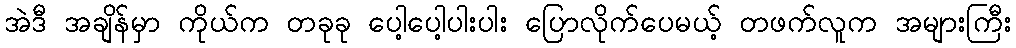
အဲဒီ အချိန်မှာ ကိုယ်က တခုခု ပေါ့ပေါ့ပါးပါး ပြောလိုက်ပေမယ့် တဖက်လူက အများကြီး